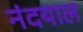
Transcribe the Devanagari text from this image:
नंदयाल